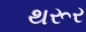
થરૂર